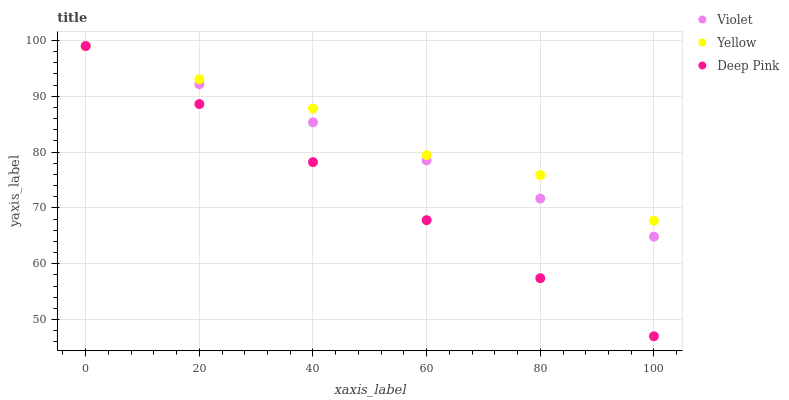
| xaxis_label | Violet | Yellow | Deep Pink |
 | --- | --- | --- | --- |
 | 0 | 99 | 99 | 99 |
 | 20 | 92.2 | 93 | 88.6 |
 | 40 | 85.3 | 87.8 | 78.2 |
 | 60 | 78.5 | 79.5 | 67.8 |
 | 80 | 71.7 | 75.9 | 57.4 |
 | 100 | 64.9 | 67.7 | 47 |